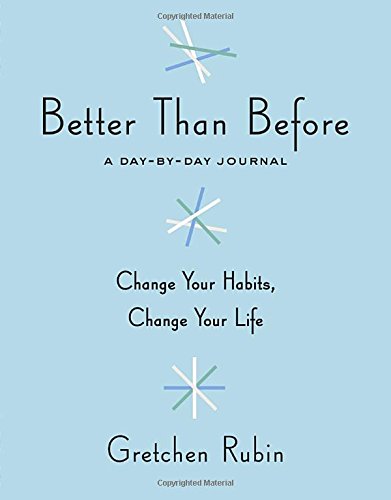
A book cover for Better Than Before: A Day-by-Day Journal; Gretchen Rubin; Self-Help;